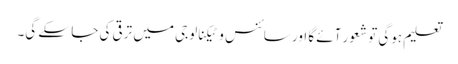
تعلیم ہوگی تو شعور آئے گا اور سائنس و ٹیکنالوجی میں ترقی کی جا سکے گی۔